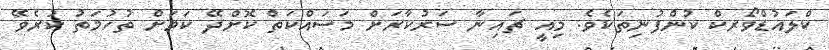
ކްލައުޑްވޯރކް ކުންފުނިތަކެވެ. މިއީ ޗައިނާ ސަރުކާރަށް މަސައްކަތް ކޮށްދޭ ކަމަށް ތުހުމަތު ކުރެވޭ